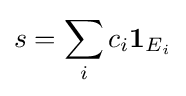
s=\sum _{i}c_{i}\mathbf {1} _{E_{i}}